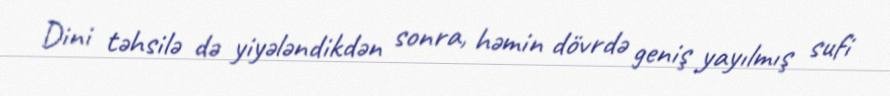
Dini təhsilə də yiyələndikdən sonra, həmin dövrdə geniş yayılmış sufi